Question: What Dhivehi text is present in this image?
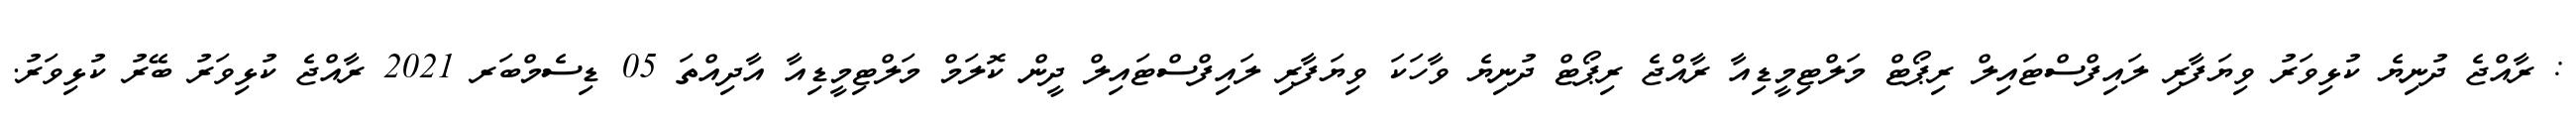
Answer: : ރާއްޖެ ދުނިޔެ ކުޅިވަރު ވިޔަފާރި ލައިފްސްޓައިލް ރިޕޯޓް މަލްޓިމީޑިއާ ރާއްޖެ ރިޕޯޓް ދުނިޔެ ވާހަކަ ވިޔަފާރި ލައިފްސްޓައިލް ދީން ކޮލަމް މަލްޓިމީޑިއާ އާދިއްތަ 05 ޑިސެމްބަރ 2021 ރާއްޖެ ކުޅިވަރު ބޭރު ކުޅިވަރު.